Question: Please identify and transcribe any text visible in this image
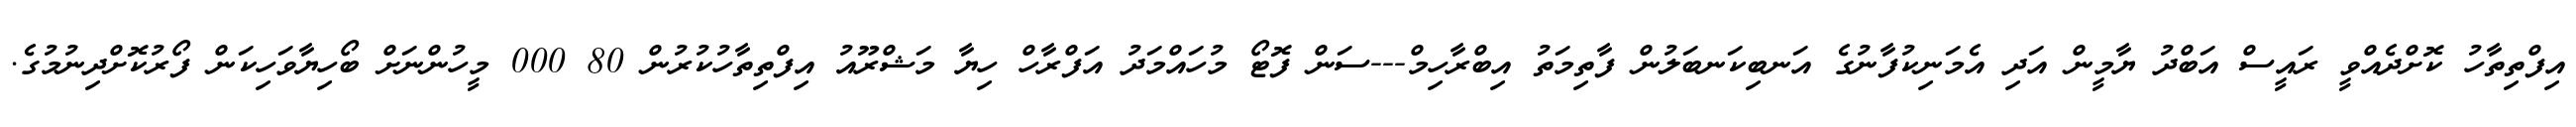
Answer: އިފްތިތާހު ކޮށްދެއްވީ ރައީސް އަބްދު ޔާމީން އަދި އެމަނިކުފާނުގެ އަނބިކަނބަލުން ފާތިމަތު އިބްރާހިމް---ސަން ފޮޓޯ މުހައްމަދު އަފްރާހް ހިޔާ މަޝްރޫއު އިފްތިތާހުކުރުން 80 000 މީހުންނަށް ބޯހިޔާވަހިކަން ފޯރުކޮށްދިނުމުގެ.